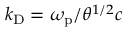
k _ { \mathrm { D } } = \omega _ { \mathrm { p } } / \theta ^ { 1 / 2 } c